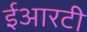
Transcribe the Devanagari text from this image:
ईआरटी